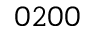
0 \- 2 0 0